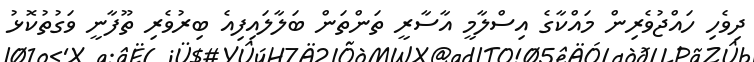
ދިވެހި ހައްޖުވެރިން މައްކާގެ އިސްލާމީ އާސާރީ ތަންތަން ބަލާލައިފިއެ ބިރުވެރި ތޫފާނީ ވަގުތުކޮޅު